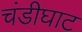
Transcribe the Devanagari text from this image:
चंडीघाट